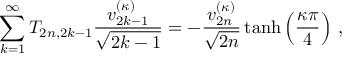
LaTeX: \sum _ { k = 1 } ^ { \infty } T _ { 2 n , 2 k - 1 } \frac { v _ { 2 k - 1 } ^ { ( \kappa ) } } { \sqrt { 2 k - 1 } } = - \frac { v _ { 2 n } ^ { ( \kappa ) } } { \sqrt { 2 n } } \operatorname { t a n h } \left( \frac { \kappa \pi } { 4 } \right) \, ,